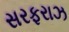
સરફરાઝ